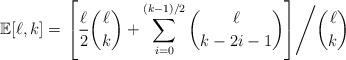
LaTeX: \begin{align*}\mathbb{E}[\ell,k]=\left.\left[\dfrac{\ell}{2}\dbinom{\ell}{k}+\sum\limits_{i=0}^{(k-1)/2}\dbinom{\ell}{k-2i-1}\right]\middle/\dbinom{\ell}{k}\right.\end{align*}